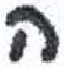
אות: ה